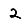
Digit: 2